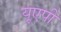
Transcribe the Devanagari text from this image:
यूएपी